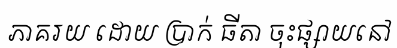
ភាគរយ ដោយ ប្រាក់ ធីតា ចុះផ្សាយនៅ